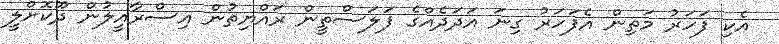
އެކި ފަހަރު މަތިން އެފަހަރު ގިނަ އަދަދެއްގެ ފަލަސްތީން ރައްޔިތުން އިސްރާއީލުން ދޫކޮށްލީ